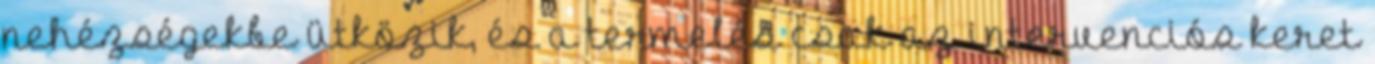
nehézségekbe ütközik, és a termelés csak az intervenciós keret